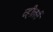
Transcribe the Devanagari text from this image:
व्हीलर्स